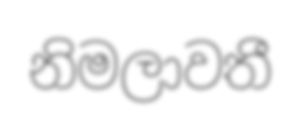
නිමලාවතී